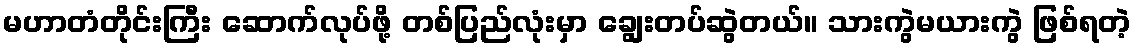
မဟာတံတိုင်းကြီး ဆောက်လုပ်ဖို့ တစ်ပြည်လုံးမှာ ချွေးတပ်ဆွဲတယ်။ သားကွဲမယားကွဲ ဖြစ်ရတဲ့